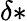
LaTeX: \delta*